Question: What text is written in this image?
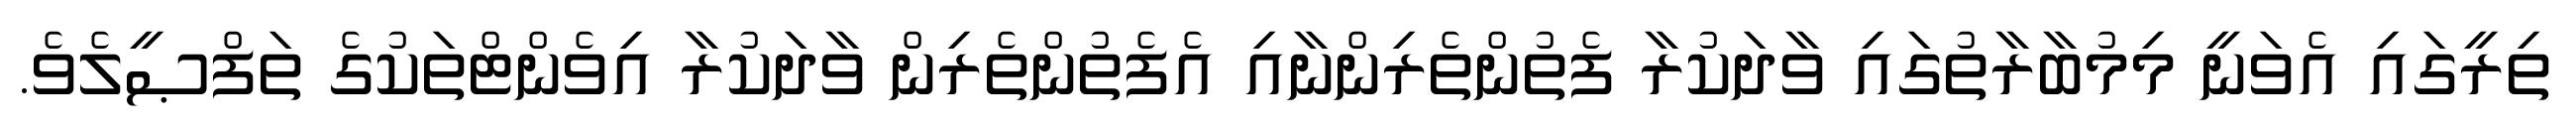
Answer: ތިރީގައި އެވަނީ މިމުބާރާތުގައި ވާދަކުރާ ފެތުންތެރިންނާއި އެފެތުންތެރިން ވާދަކުރާ އިވެންޓްތަކުގެ ތަފްޞީލެވެ.